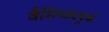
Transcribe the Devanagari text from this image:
वैशिष्ठ्यपूर्ण